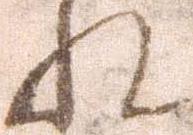
れ